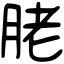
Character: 𦚱